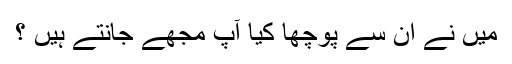
میں نے ان سے پوچھا کیا آپ مجھے جانتے ہیں ؟